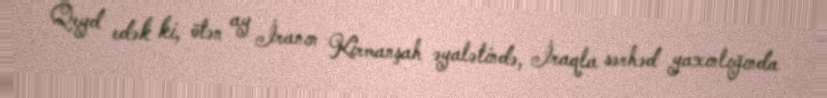
Qeyd edək ki, ötən ay İranın Kirmanşah əyalətində, İraqla sərhəd yaxınlığında